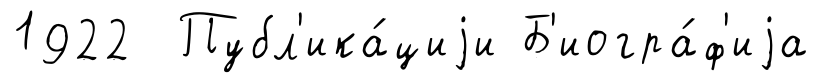
1922 Публ'ика́циjи Б'иогра́ф'иjа